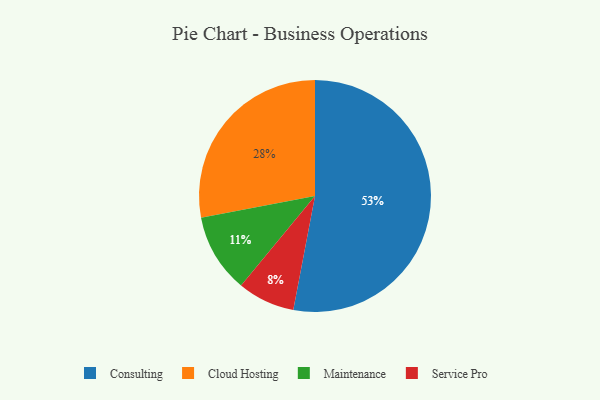
{"axis": {"x": "Category", "y": "Percentage"}, "legend": ["Cloud Hosting", "Consulting", "Maintenance", "Service Pro"], "data": [{"x": "Service Pro", "y": 8, "type": "Service Pro"}, {"x": "Consulting", "y": 53, "type": "Consulting"}, {"x": "Cloud Hosting", "y": 28, "type": "Cloud Hosting"}, {"x": "Maintenance", "y": 11, "type": "Maintenance"}]}